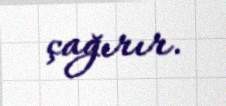
çağırır.